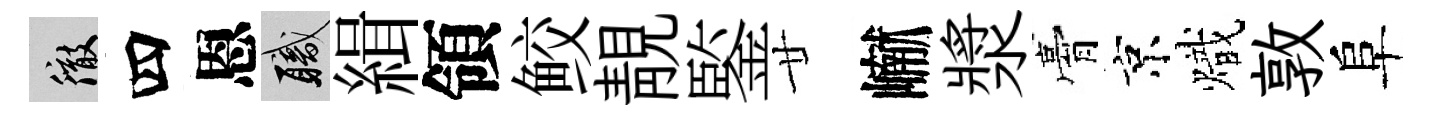
徹四恩職緝領鲛靚鍳廿𪩘漿膏京熾敦阜